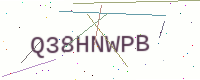
Text: Q38HNWPB